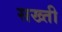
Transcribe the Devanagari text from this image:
सख्‍ती